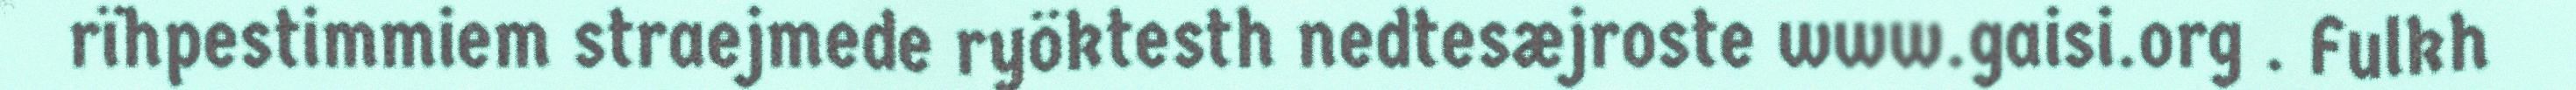
rïhpestimmiem straejmede ryöktesth nedtesæjroste www.gaisi.org . Fulkh